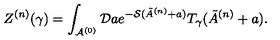
Z ^ { ( n ) } ( \gamma ) = \int _ { { \cal A } ^ { ( 0 ) } } { \cal D } a e ^ { - { \cal S } ( \tilde { A } ^ { ( n ) } + a ) } T _ { \gamma } ( \tilde { A } ^ { ( n ) } + a ) .